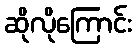
ဆိုလိုကြောင်း